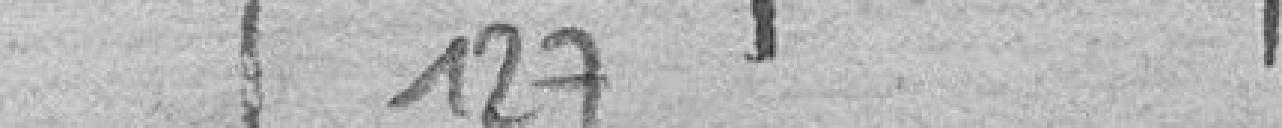
127